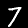
Label: 7